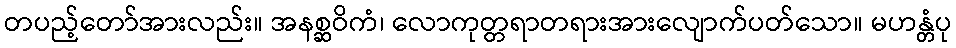
တပည့်တော်အားလည်း။ အနစ္ဆဝိကံ၊ လောကုတ္တရာတရားအားလျောက်ပတ်သော။ မဟန္တံပု